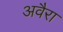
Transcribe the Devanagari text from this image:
अवैरा